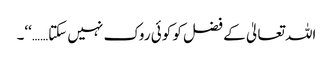
اللہ تعالیٰ کے فضل کو کوئی روک نہیں سکتا……‘‘۔